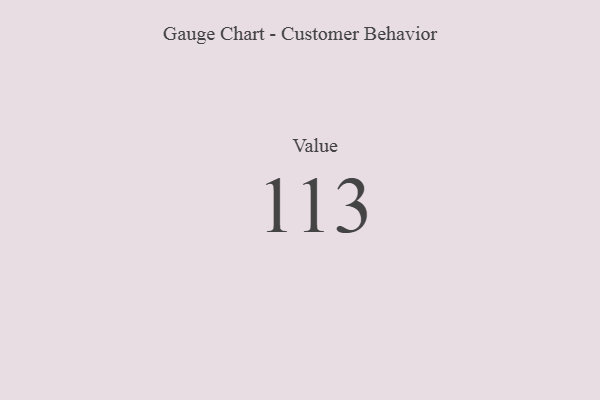
{"axis": {"x": "Metric", "y": "Value"}, "legend": [""], "data": [{"x": "Value", "y": 113, "type": ""}]}